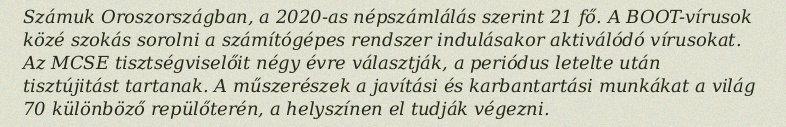
Számuk Oroszországban, a 2020-as népszámlálás szerint 21 fő. A BOOT-vírusok közé szokás sorolni a számítógépes rendszer indulásakor aktiválódó vírusokat. Az MCSE tisztségviselőit négy évre választják, a periódus letelte után tisztújitást tartanak. A műszerészek a javítási és karbantartási munkákat a világ 70 különböző repülőterén, a helyszínen el tudják végezni.